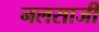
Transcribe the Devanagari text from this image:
नलसाजी